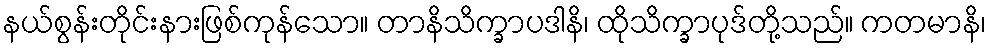
နယ်စွန်းတိုင်းနားဖြစ်ကုန်သော။ တာနိသိက္ခာပဒါနိ၊ ထိုသိက္ခာပုဒ်တို့သည်။ ကတမာနိ၊